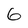
Character: 6